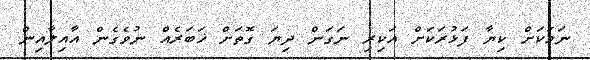
ނަމަކަށް ކިޔާ ފަޅުރަކަށް އަކިރި ނަގަން ދިޔަ ގޮތަށް ޚަބަރެއް ނުވެގެން އާއިލާއިން